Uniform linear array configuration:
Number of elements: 12
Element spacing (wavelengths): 0.25
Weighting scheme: blackman
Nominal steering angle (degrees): -15
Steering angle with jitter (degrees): -14.738
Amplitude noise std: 0.05
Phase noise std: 0.05

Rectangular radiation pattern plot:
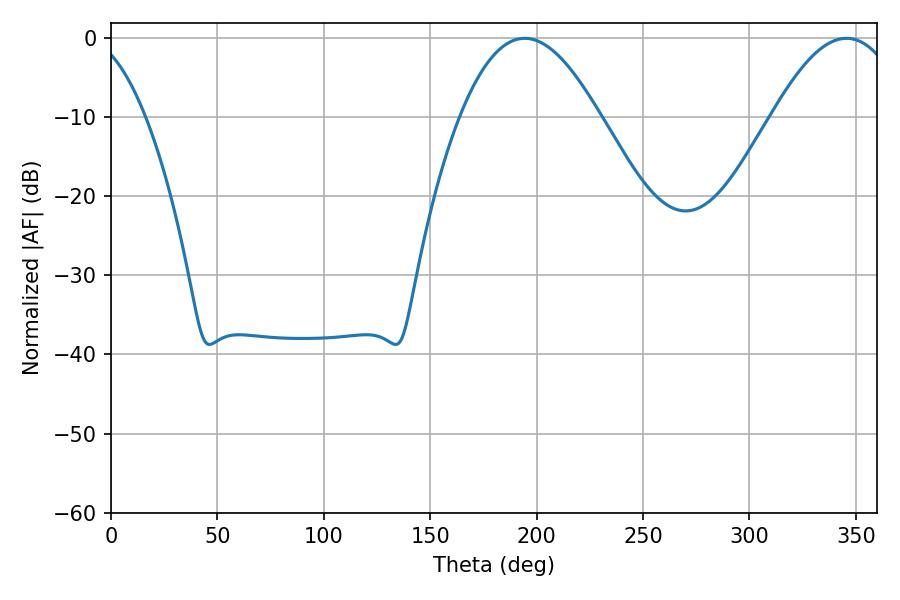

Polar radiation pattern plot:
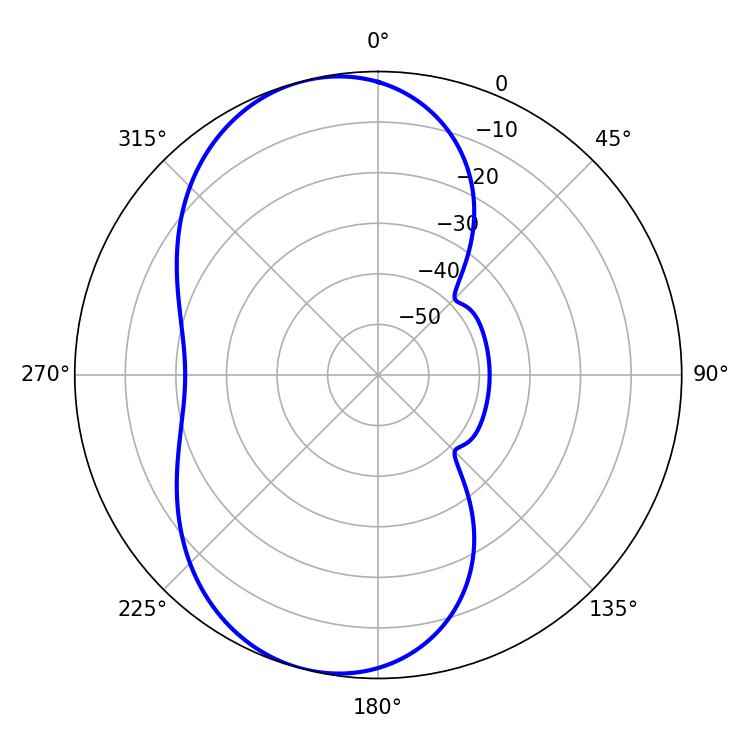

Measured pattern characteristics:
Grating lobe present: FALSE
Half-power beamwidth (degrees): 35.82
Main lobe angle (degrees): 194.4